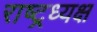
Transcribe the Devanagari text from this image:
राष्ट्रध्यक्ष